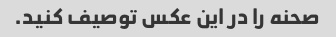
صحنه را در این عکس توصیف کنید.